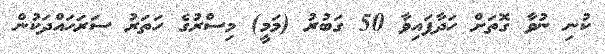
ކުނި ނުވާ ގޮތަށް ހަދާފައިވާ 50 ގަބުރު (މަމީ) މިސްރުގެ ހަތަރު ސަރަހައްދަކުން